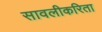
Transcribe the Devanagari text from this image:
सावलीकरिता